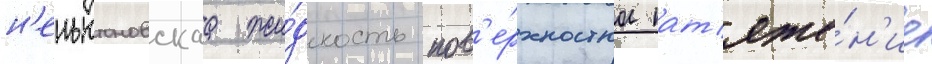
н'еньютоновскаа жи́дкость пов'е́рхностное нат'яже́н'ие